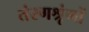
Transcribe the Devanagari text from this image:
तंरगश्रृंगों